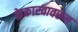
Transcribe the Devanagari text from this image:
केकारवावरून